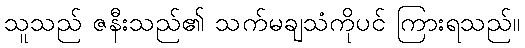
သူသည် ဇနီးသည်၏ သက်မချသံကိုပင် ကြားရသည်။